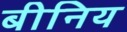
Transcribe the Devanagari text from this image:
बीनिय